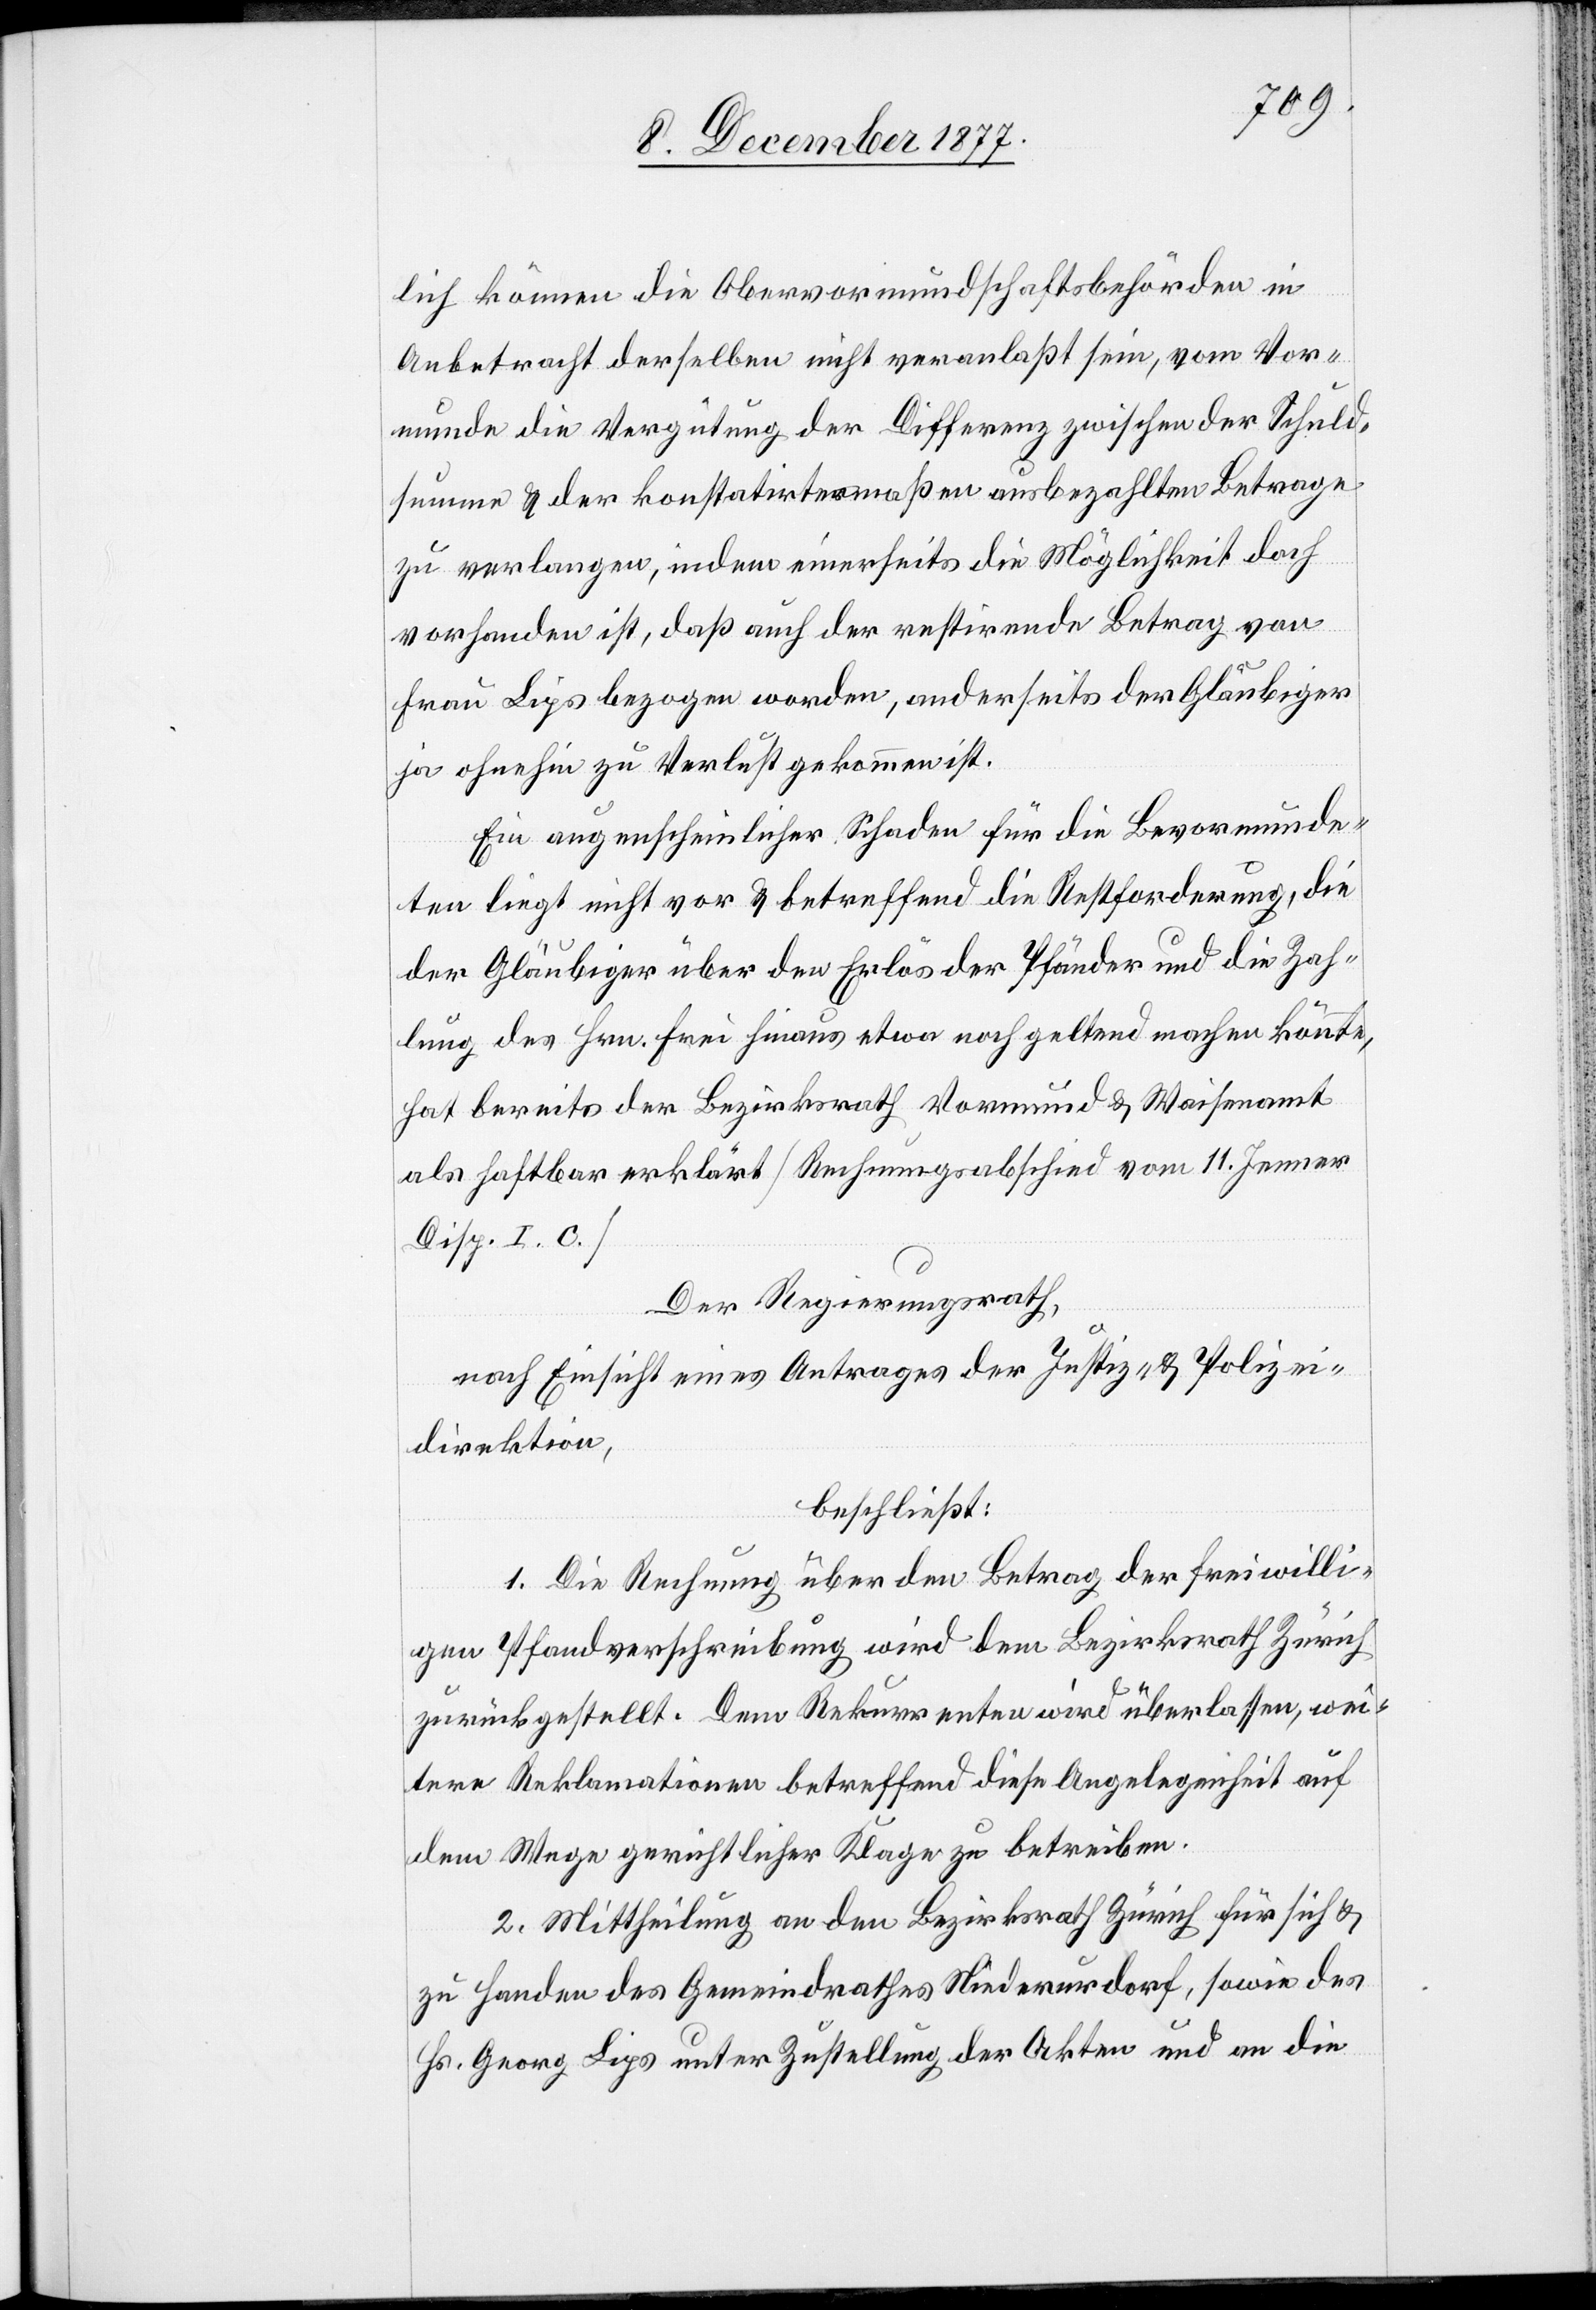
lich können die Obervormundschaftsbehörden in
Anbetracht derselben nicht veranlaßt sein, vom Vor¬
munde die Vergütung der Differenz zwischen der Schuld¬
summe & der konstatirtermaßen ausbezahlten Betrage
zu verlangen, indem einerseits die Möglichkeit doch
vorhanden ist, daß auch der restirrende Betrag von
Frau Lips bezogen worden, anderseits der Gläubiger
ja ohnehin zu Verlust gekommen ist.
Ein augenscheinlicher Schaden für die Bevormunde¬
ten liegt nicht vor & betreffend die Restforderung, die
der Gläubiger über den Erlös der Pfänder und die Zah¬
lung des Hrn. Frei hinaus etwa noch geltend machen könnte,
hat bereits der Bezirksrath Vormund & Waisenamt
als haftbar erklärt [Rechnungsabschied vom 11. Jenner
Disp. I. C.]
Der Regierungsrath,
nach Einsicht eines Antrages der Justiz- & Polizei¬
direktion,
beschließt:
1. Die Rechnung über den Betrag der freiwilli¬
gen Pfandverschreibung wird dem Bezirksrath Zürich
zurückgestellt. Dem Rekurrenten wird überlassen, wei¬
tere Reklamationen betreffend diese Angelegenheit auf
dem Wege gerichtlicher Klage zu betreiben.
2. Mittheilung an den Bezirksrath Zürich für sich &
zu Handen des Gemeindrathes Niederurdorf, sowie des
Hs. Georg Lips unter Zustellung der Akten und an die